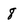
Character: 8